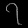
Digit: ၇